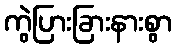
ကွဲပြားခြားနားစွာ